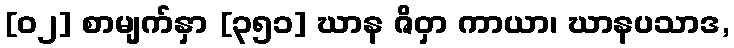
[၀၂] စာမျက်နှာ [၃၅၁] ဃာန ဇိဝှာ ကာယာ၊ ဃာနပသာဒ,